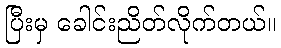
ပြီးမှ ခေါင်းညိတ်လိုက်တယ်။